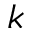
k